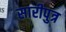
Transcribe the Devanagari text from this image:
सारीपुत्र